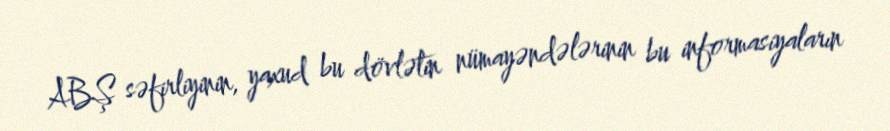
ABŞ səfirliyinin, yaxud bu dövlətin nümayəndələrinin bu informasiyaların